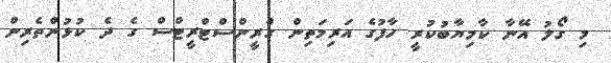
މި ގޯލު އޭނާ ކާމިޔާބުކުރީ ހާފުގެ އަރިމަތިން ގްރީންސްޓްރީޓްސް ގެ ދެ ކުޅުންތެރިން